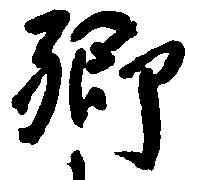
郷